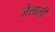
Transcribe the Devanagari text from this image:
जेलाली